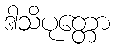
ဒါသိပုတ္တော